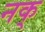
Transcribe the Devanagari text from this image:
नक्